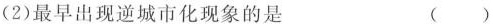
(2)最早出现逆城市化现象的是 ( )